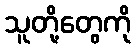
သူတို့တွေကို